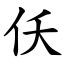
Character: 仸